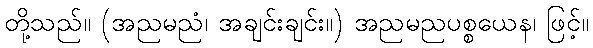
တို့သည်။ (အညမညံ၊ အချင်းချင်း။) အညမညပစ္စယေန၊ ဖြင့်။